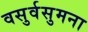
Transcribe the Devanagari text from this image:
वसुर्वसुमना